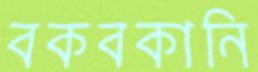
বকবকানি